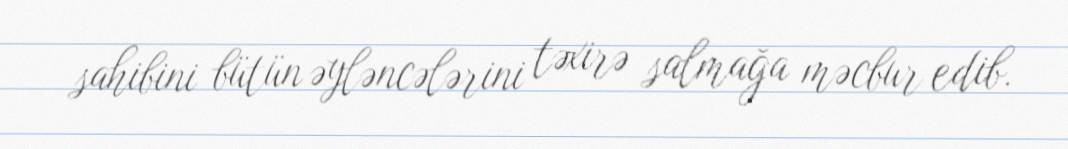
sahibini bütün əyləncələrini təxirə salmağa məcbur edib.